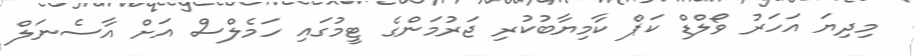
މިދިޔަ އަހަރު ވޯލްޑް ކަޕް ކާމިޔާބުކުރި ޖަރުމަންގެ ޓީމުގައި ހަމެލްސް އަށް އާސެނަލް